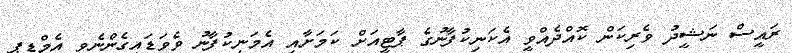
ރައީސް ނަޝީދު ވެރިކަން ކޮއްދެއްވީ އެކަނިކުފާނުގެ ޕާޓީއަށް ކަމަށާއި އެމަނިކުފާނު ވެވަޑައިގެންނެވީ އެމްޑީޕީ